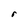
Character: r